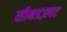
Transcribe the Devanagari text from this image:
सीनडज़पट